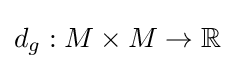
d_{g}:M\times M\to \mathbb {R}